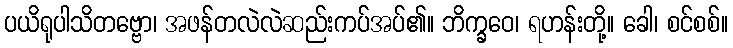
ပယိရုပါသိတဗ္ဗော၊ အဖန်တလဲလဲဆည်းကပ်အပ်၏။ ဘိက္ခဝေ၊ ရဟန်းတို့။ ခေါ၊ စင်စစ်။